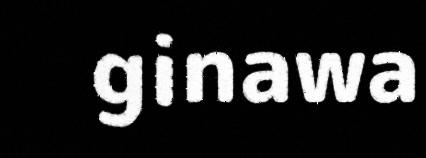
ginawa